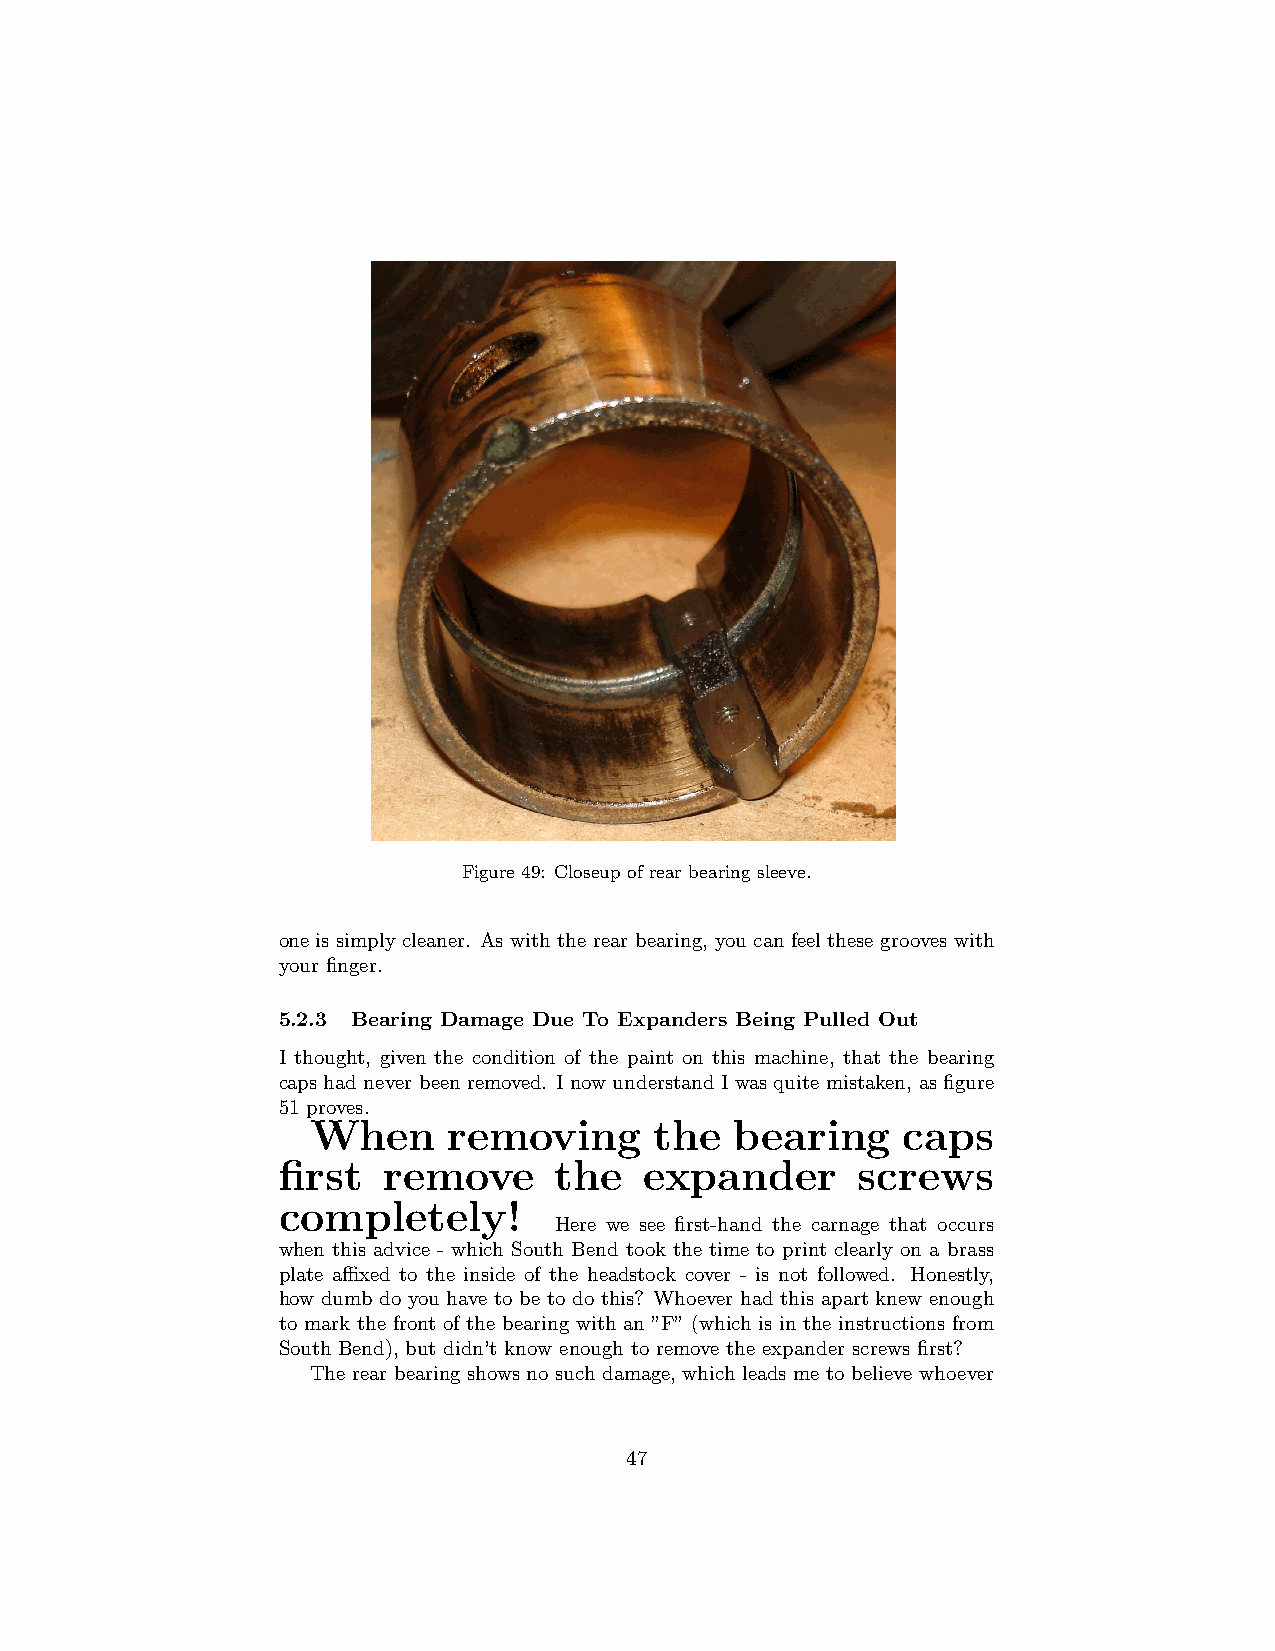
Figure 49: Closeup of rear bearing sleeve.
 one is simply cleaner. As with the rear bearing, you can feel these grooves with
 your finger.
 5.2.3 Bearing Damage Due To Expanders Being Pulled Out
 I thought, given the condition of the paint on this machine, that the bearing
 capshadneverbeenremoved. InowunderstandIwasquitemistaken, asfigure
 51 proves.
 When     removing     the   bearing    caps
 first  remove      the   expander      screws
 completely!
 Here we see first-hand the carnage that occurs
 when this advice - which South Bend took the time to print clearly on a brass
 plate affixed to the inside of the headstock cover - is not followed. Honestly,
 how dumb do you have to be to do this? Whoever had this apart knew enough
 to mark the front of the bearing with an ”F” (which is in the instructions from
 South Bend), but didn’t know enough to remove the expander screws first?
 The rear bearing shows no such damage, which leads me to believe whoever
 47